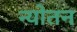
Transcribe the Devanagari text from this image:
न्योतन